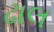
ઢાલ